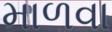
માળવા